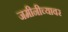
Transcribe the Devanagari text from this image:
जमीनीच्यावर